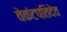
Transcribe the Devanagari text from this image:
वेकंटपतिदेव